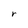
Character: r